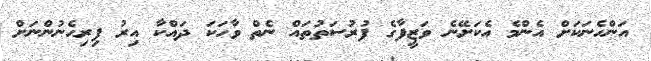
އަންހެނަކަށް އެންމެ އެކަށޭނެ ވަޒީފާގެ ފުރުސަތުތައް ނެތް ވާހަކަ ދައްކާ އިރު ފިރިހެނުންނަށް